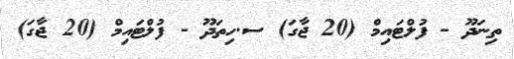
ތިނަދޫ - ފުލްޓައިމް (20 ޖާގަ) ސ.ހިތަދޫ - ފުލްޓައިމް (20 ޖާގަ)